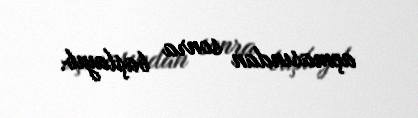
açmasından sonra başlayıb.